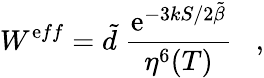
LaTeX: W^{\mathrm{e}ff}=\tilde{{d}}\; \frac{{\mathrm{e}^{{-3kS}/{2\tilde{{\beta}}}}}}{{\eta^{6}(T)}}\; \; \; ,